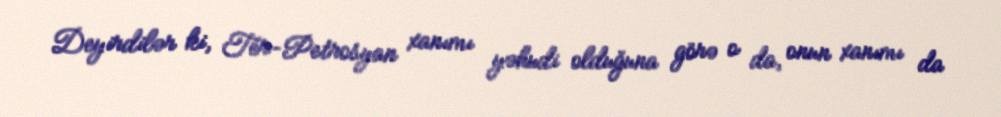
Deyirdilər ki, Ter-Petrosyan xanımı yəhudi olduğuna görə o da, onun xanımı da